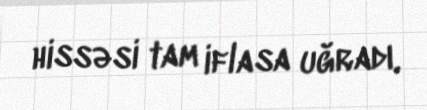
hissəsi tam iflasa uğradı.